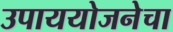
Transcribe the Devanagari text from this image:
उपाययोजनेचा